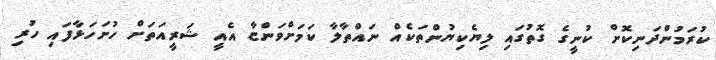
ކުރަމުންދަނިކޮށް ކުނީގެ ގޮތުގައި ލިޔެކިޔުންތަކެއް ނައްތާލާ ކަމަށްވަންޏާ އެއީ ޝަރީއަތަށް ހުށަހަޅާފައި ހުރި